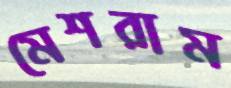
মেশরাম